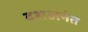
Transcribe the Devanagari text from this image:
दशअनंत